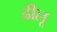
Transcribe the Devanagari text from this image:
ढीलू